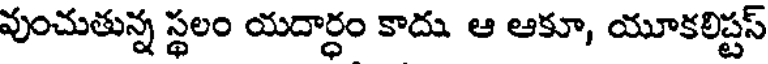
వుంచుతున్న స్థలం యదార్ధం కాదు. ఆ ఆకూ, యూకలిప్టస్